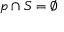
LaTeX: { \mathfrak { p } } \cap S = \emptyset